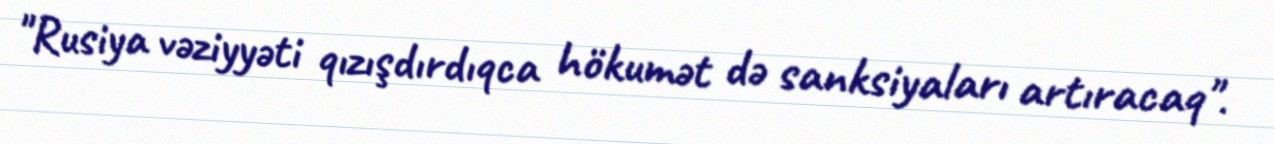
"Rusiya vəziyyəti qızışdırdıqca hökumət də sanksiyaları artıracaq".